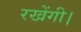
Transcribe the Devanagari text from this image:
रखेंगी।